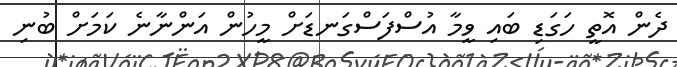
ދެން އޮތީ ހަގަޑި ބައި ވީމާ އުސްފަސްގަނޑަށް މީހުން އަންނާނެ ކަމަށް ބުނި